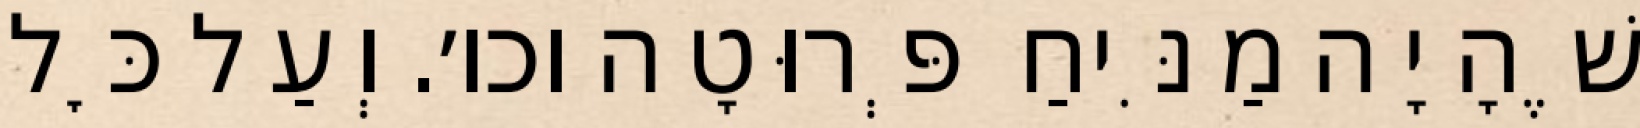
שֶׁהָיָה מַנִּיחַ פְּרוּטָה וכו׳. וְעַל כׇּל